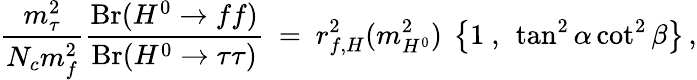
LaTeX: {\frac{m_{\tau}^{2}}{N_{c}m_{f}^{2}}}{\frac{\mathrm{Br}(H^{0}\to ff)}{\mathrm{Br}(H^{0}\to\tau\tau)}}\ =\ r_{f,H}^{2}(m_{H^{0}}^{2})~\left\{ 1~,~\tan^{2}\alpha\cot^{2}\beta\right\} \, ,